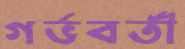
গর্ভবর্তী